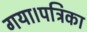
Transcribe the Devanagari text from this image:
गया।पत्रिका